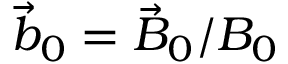
\vec { b } _ { 0 } = \vec { B } _ { 0 } / B _ { 0 }